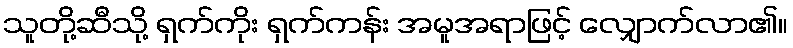
သူတို့ဆီသို့ ရှက်ကိုး ရှက်ကန်း အမူအရာဖြင့် လျှောက်လာ၏။